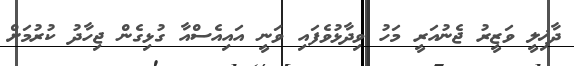
ދާޚިލީ ވަޒީރު ޖެނުއަރީ މަހު ވިދާޅުވެފައި ވަނީ އައިއެސްއާ ގުޅިގެން ޖިހާދު ކުރުމަށް